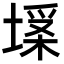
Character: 𡏪